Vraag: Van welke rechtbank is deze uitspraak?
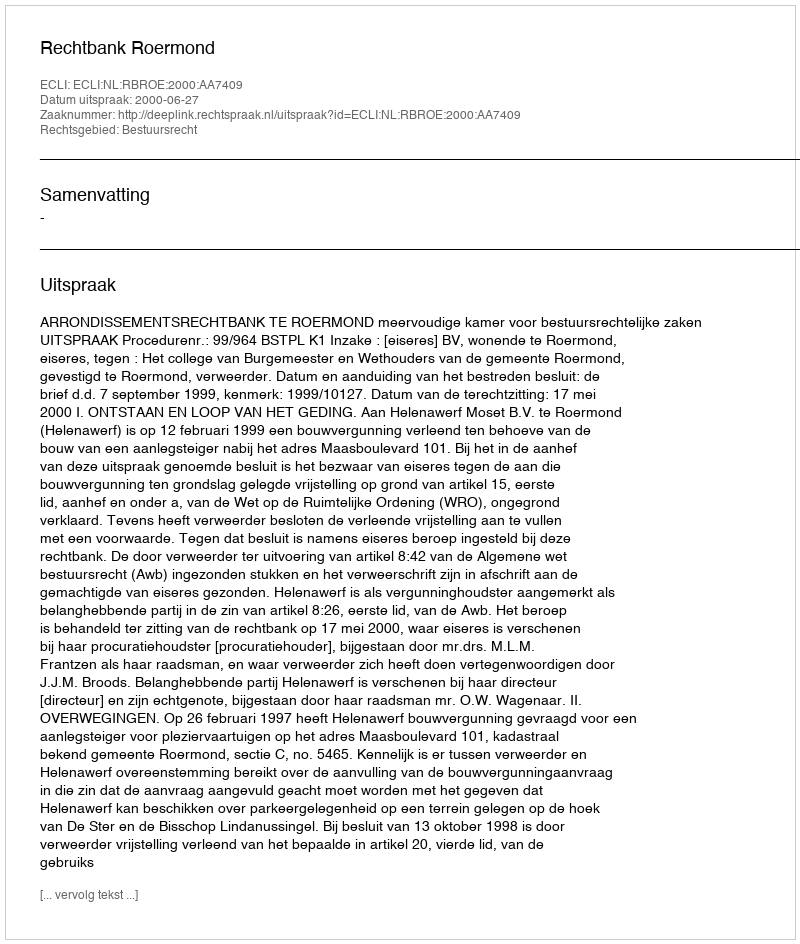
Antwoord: Rechtbank Roermond